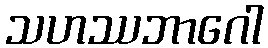
သဟဿဘာဂေါ